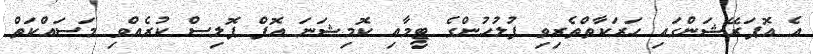
އެ އޮޕަރޭޝަންގައި ހަރަކާތްތެރިވި ފުލުހުންގެ ޓީމާއި ކޮމިޝަނަ އޮފް ޕޮލިސް ކުރެއްވި މަސައްކަތް